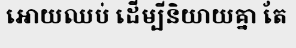
អោយឈប់ ដើម្បីនិយាយគ្នា តែ